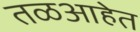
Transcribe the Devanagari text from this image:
तळआहेत